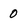
Character: 0